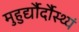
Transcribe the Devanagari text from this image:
मुहुर्द्यौर्दौस्थ्यं